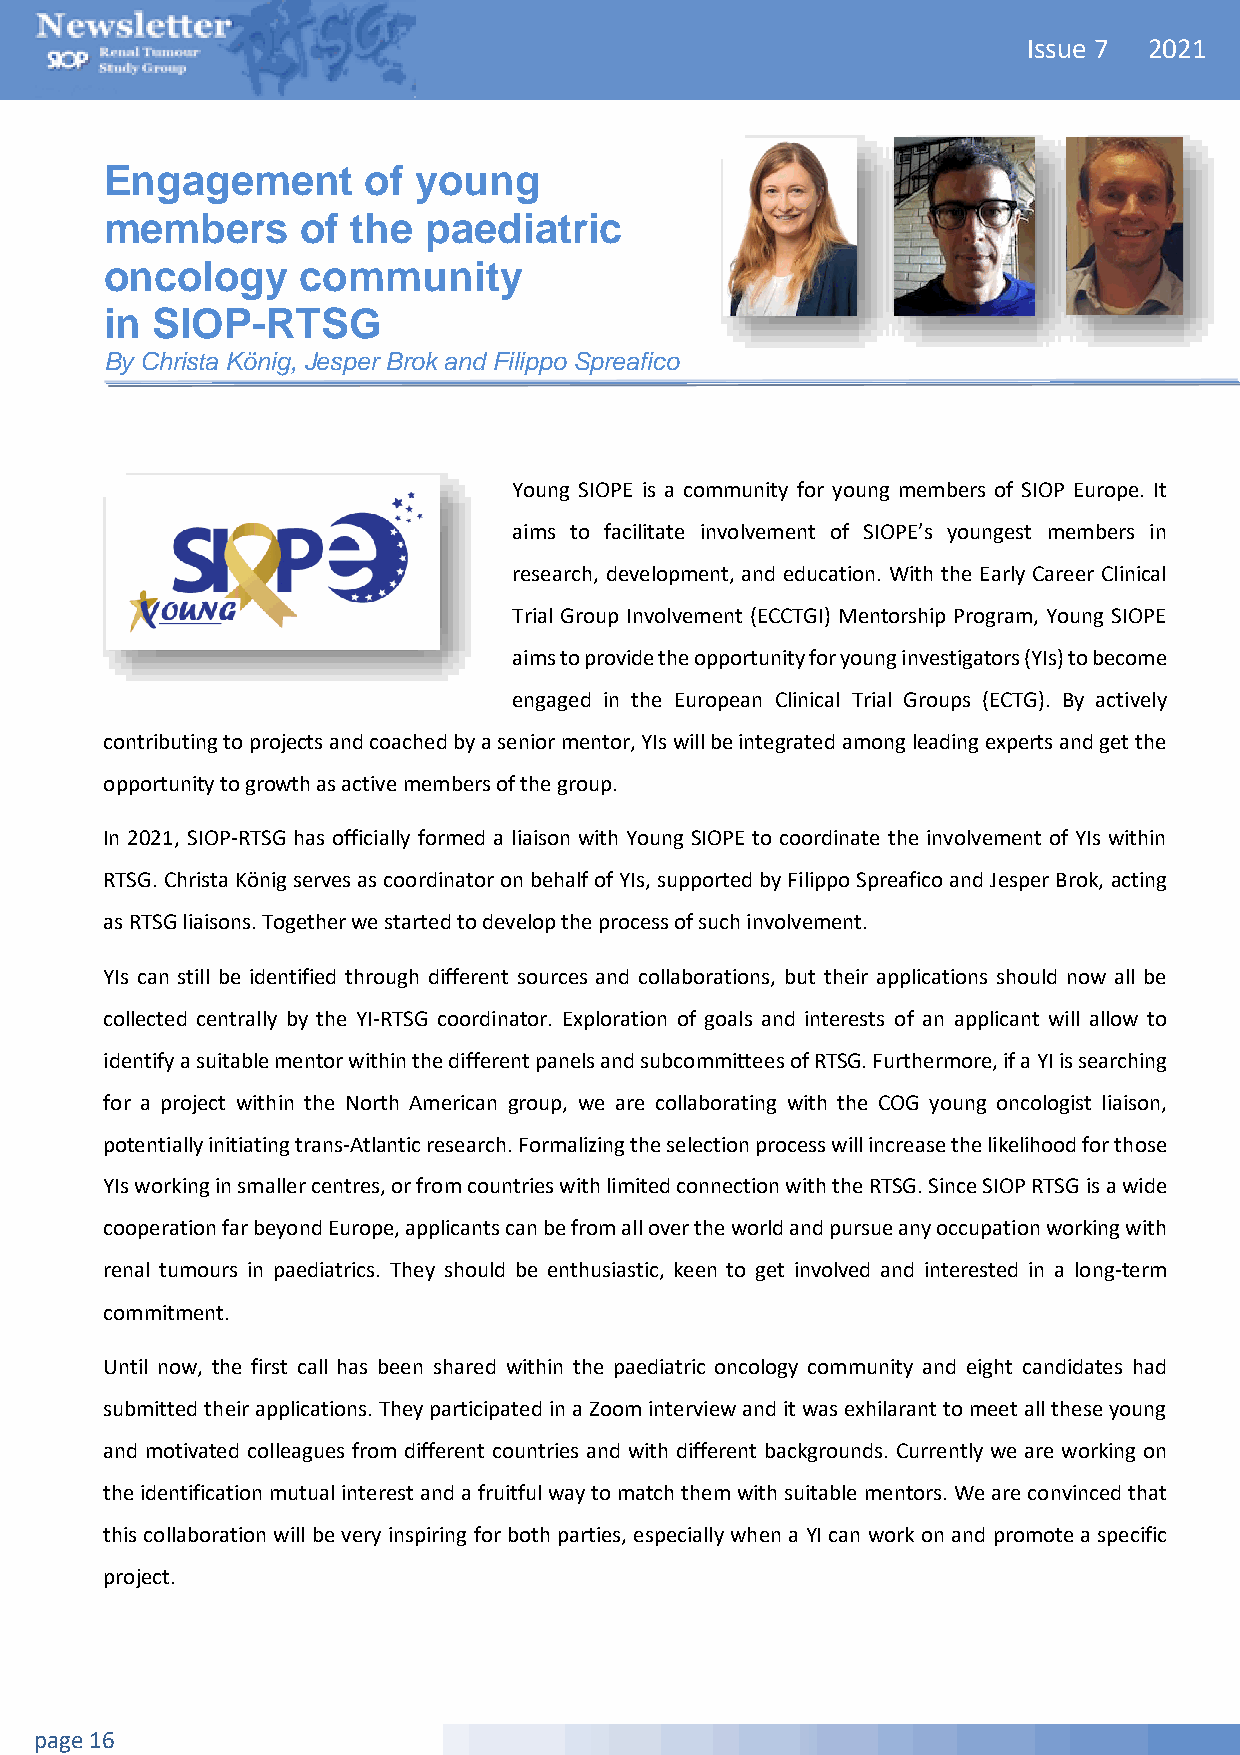
Issue 7 2021
 Engagement       of  young
 members      of the  paediatric
 oncology     community
 in SIOP-RTSG
 By Christa König, Jesper Brok and Filippo Spreafico
 Young SIOPE is a community for young members of SIOP Europe. It
 aims to facilitate involvement of SIOPE’s youngest members in
 research, development, and education. With the Early Career Clinical
 Trial Group Involvement (ECCTGI) Mentorship Program, Young SIOPE
 aims to provide the opportunity for young investigators (YIs) to become
 engaged in the European Clinical Trial Groups (ECTG). By actively
 contributing to projects and coached by a senior mentor, YIs will be integrated among leading experts and get the
 opportunity to growth as active members of the group.
 In 2021, SIOP-RTSG has officially formed a liaison with Young SIOPE to coordinate the involvement of YIs within
 RTSG. Christa König serves as coordinator on behalf of YIs, supported by Filippo Spreafico and Jesper Brok, acting
 as RTSG liaisons. Together we started to develop the process of such involvement.
 YIs can still be identified through different sources and collaborations, but their applications should now all be
 collected centrally by the YI-RTSG coordinator. Exploration of goals and interests of an applicant will allow to
 identify a suitable mentor within the different panels and subcommittees of RTSG. Furthermore, if a YI is searching
 for a project within the North American group, we are collaborating with the COG young oncologist liaison,
 potentially initiating trans-Atlantic research. Formalizing the selection process will increase the likelihood for those
 YIs working in smaller centres, or from countries with limited connection with the RTSG. Since SIOP RTSG is a wide
 cooperation far beyond Europe, applicants can be from all over the world and pursue any occupation working with
 renal tumours in paediatrics. They should be enthusiastic, keen to get involved and interested in a long-term
 commitment.
 Until now, the first call has been shared within the paediatric oncology community and eight candidates had
 submitted their applications. They participated in a Zoom interview and it was exhilarant to meet all these young
 and motivated colleagues from different countries and with different backgrounds. Currently we are working on
 the identification mutual interest and a fruitful way to match them with suitable mentors. We are convinced that
 this collaboration will be very inspiring for both parties, especially when a YI can work on and promote a specific
 project.
 page 16